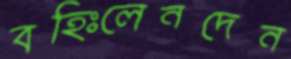
বহিঃলেনদেন